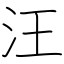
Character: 汪